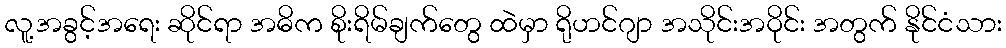
လူ့အခွင့်အရေး ဆိုင်ရာ အဓိက စိုးရိမ်ချက်တွေ ထဲမှာ ရိုဟင်ဂျာ အသိုင်းအဝိုင်း အတွက် နိုင်ငံသား